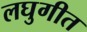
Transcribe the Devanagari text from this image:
लघुगीत